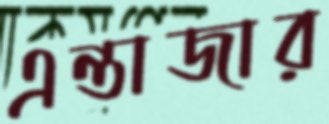
এন্তাজার